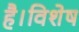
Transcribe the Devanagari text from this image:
है।विशेष